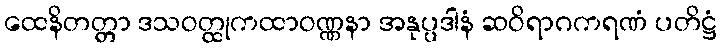
ထေနိတတ္တာ ဒသဝတ္ထုကထာဝဏ္ဏနာ အနုပ္ပဒါနံ ဆဝိရာဂကရဏံ ပတိဋ္ဌံ